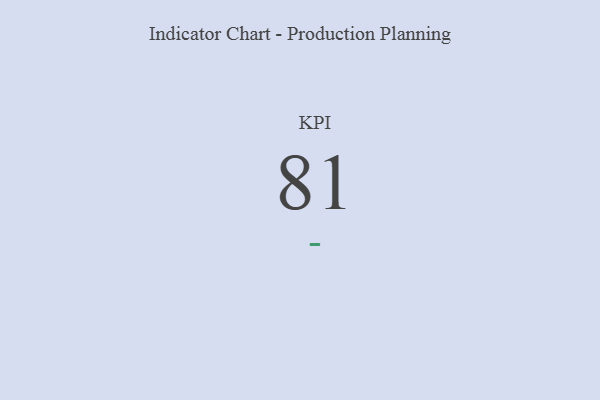
{"axis": {"x": "KPI", "y": "Value"}, "legend": [""], "data": [{"x": "KPI", "y": 81, "type": ""}]}